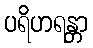
ပရိဟရန္တာ